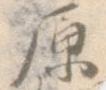
原